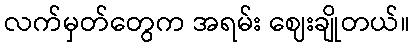
လက်မှတ်တွေက အရမ်း ဈေးချိုတယ်။